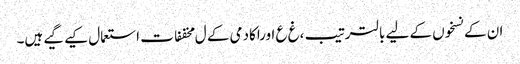
ان کے نسخوں کے لیے بالترتیب ،غ ع اوراکادمی کے ل مخففات استعمال کیے گیے ہیں۔